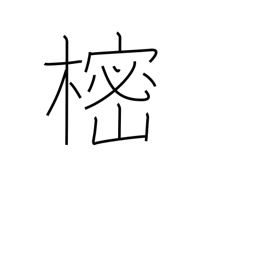
Meaning: tree whose branches are placed on Buddhist graves